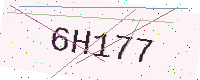
Text: 6H177